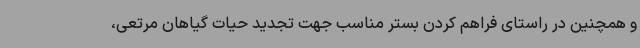
و همچنین در راستای فراهم کردن بستر مناسب جهت تجدید حیات گیاهان مرتعی،